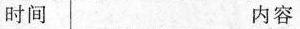
时间 内容